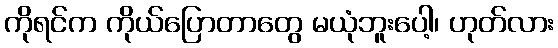
ကိုရင်က ကိုယ်ပြောတာတွေ မယုံဘူးပေါ့၊ ဟုတ်လား